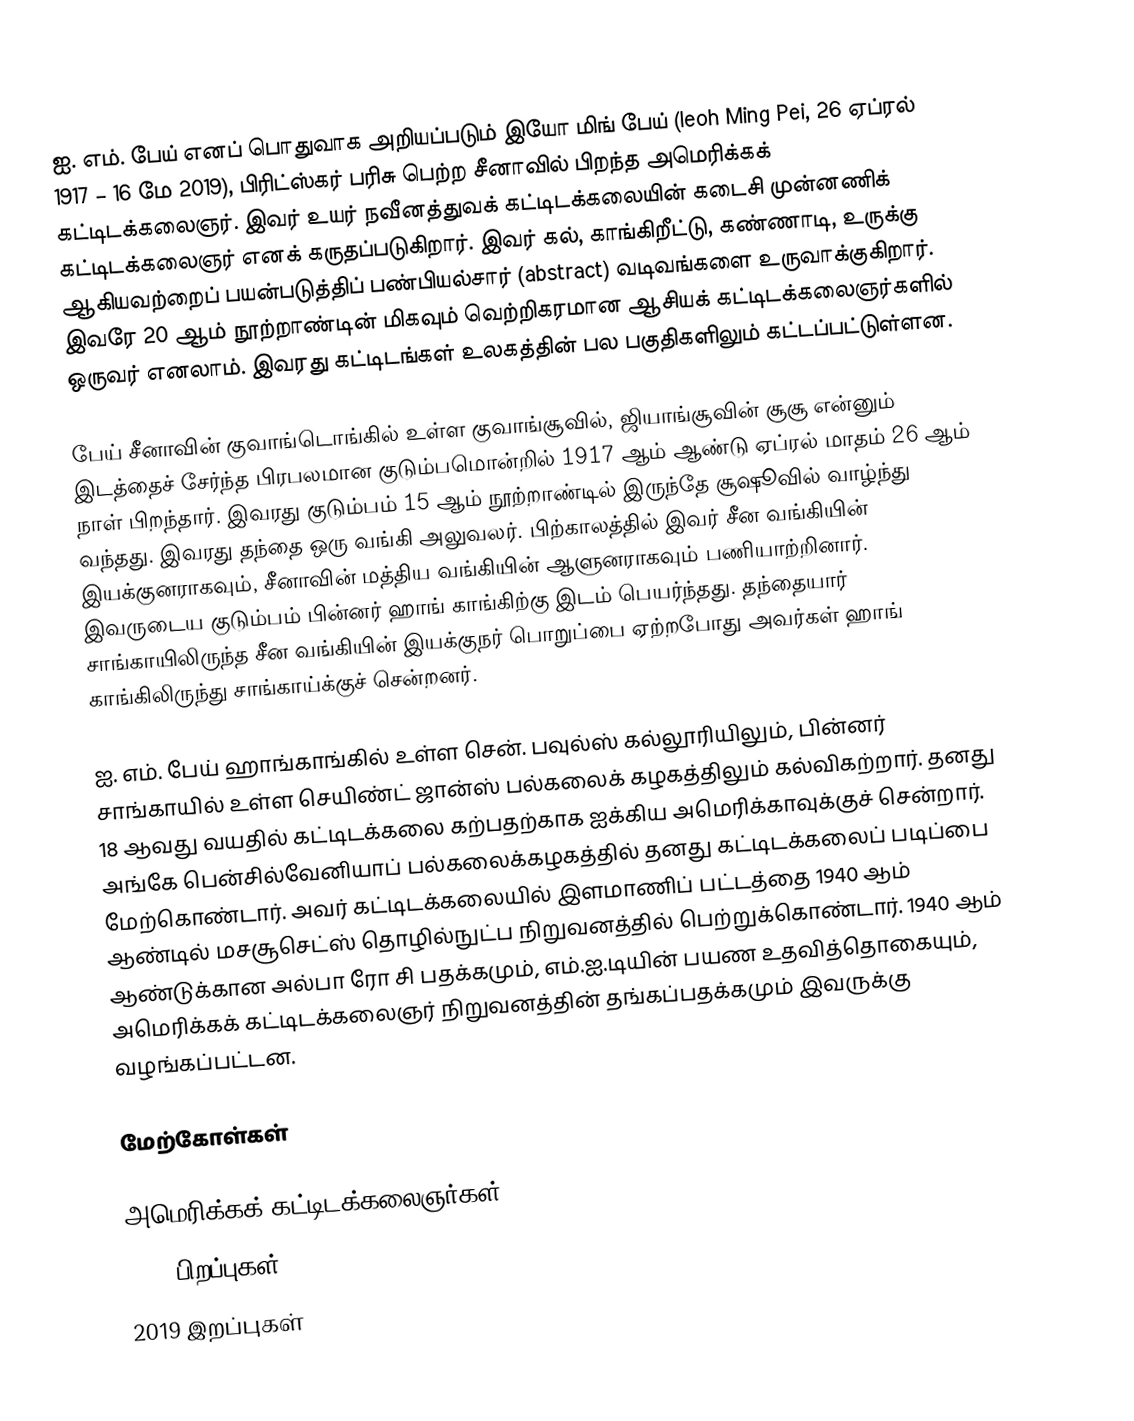
ஐ. எம். பேய் எனப் பொதுவாக அறியப்படும் இயோ மிங் பேய் (Ieoh Ming Pei, 26 ஏப்ரல் 1917 – 16 மே 2019), பிரிட்ஸ்கர் பரிசு பெற்ற சீனாவில் பிறந்த அமெரிக்கக் கட்டிடக்கலைஞர். இவர் உயர் நவீனத்துவக் கட்டிடக்கலையின் கடைசி முன்னணிக் கட்டிடக்கலைஞர் எனக் கருதப்படுகிறார். இவர் கல், காங்கிறீட்டு, கண்ணாடி, உருக்கு ஆகியவற்றைப் பயன்படுத்திப் பண்பியல்சார் (abstract) வடிவங்களை உருவாக்குகிறார். இவரே 20 ஆம் நூற்றாண்டின் மிகவும் வெற்றிகரமான ஆசியக் கட்டிடக்கலைஞர்களில் ஒருவர் எனலாம். இவரது கட்டிடங்கள் உலகத்தின் பல பகுதிகளிலும் கட்டப்பட்டுள்ளன.

பேய் சீனாவின் குவாங்டொங்கில் உள்ள குவாங்சூவில், ஜியாங்சூவின் சூசூ என்னும் இடத்தைச் சேர்ந்த பிரபலமான குடும்பமொன்றில் 1917 ஆம் ஆண்டு ஏப்ரல் மாதம் 26 ஆம் நாள் பிறந்தார். இவரது குடும்பம் 15 ஆம் நூற்றாண்டில் இருந்தே சூஷூவில் வாழ்ந்து வந்தது. இவரது தந்தை ஒரு வங்கி அலுவலர். பிற்காலத்தில் இவர் சீன வங்கியின் இயக்குனராகவும், சீனாவின் மத்திய வங்கியின் ஆளுனராகவும் பணியாற்றினார். இவருடைய குடும்பம் பின்னர் ஹாங் காங்கிற்கு இடம் பெயர்ந்தது. தந்தையார் சாங்காயிலிருந்த சீன வங்கியின் இயக்குநர் பொறுப்பை ஏற்றபோது அவர்கள் ஹாங் காங்கிலிருந்து சாங்காய்க்குச் சென்றனர்.

ஐ. எம். பேய் ஹாங்காங்கில் உள்ள சென். பவுல்ஸ் கல்லூரியிலும், பின்னர் சாங்காயில் உள்ள செயிண்ட் ஜான்ஸ் பல்கலைக் கழகத்திலும் கல்விகற்றார். தனது 18 ஆவது வயதில் கட்டிடக்கலை கற்பதற்காக ஐக்கிய அமெரிக்காவுக்குச் சென்றார். அங்கே பென்சில்வேனியாப் பல்கலைக்கழகத்தில் தனது கட்டிடக்கலைப் படிப்பை மேற்கொண்டார். அவர் கட்டிடக்கலையில் இளமாணிப் பட்டத்தை 1940 ஆம் ஆண்டில் மசசூசெட்ஸ் தொழில்நுட்ப நிறுவனத்தில் பெற்றுக்கொண்டார். 1940 ஆம் ஆண்டுக்கான அல்பா ரோ சி பதக்கமும், எம்.ஐ.டியின் பயண உதவித்தொகையும், அமெரிக்கக் கட்டிடக்கலைஞர் நிறுவனத்தின் தங்கப்பதக்கமும் இவருக்கு வழங்கப்பட்டன.

மேற்கோள்கள்

அமெரிக்கக் கட்டிடக்கலைஞர்கள்
1917 பிறப்புகள்
2019 இறப்புகள்